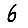
Digit: 6